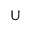
\boldsymbol { \mathrm { U } }